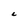
Character: C